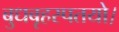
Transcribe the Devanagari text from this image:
बुधबृहस्पतयो।